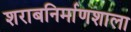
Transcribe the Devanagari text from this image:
शराबनिर्माणशाला